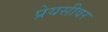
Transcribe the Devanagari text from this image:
प्रेयसीवर